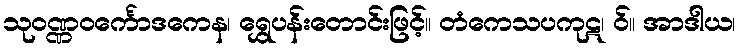
သုဝဏ္ဏဝင်္ကောဒကေန၊ ရွှေပန်းတောင်းဖြင့်။ တံကေသပကုဋ၊ ဝ်။ အာဒါယ၊